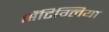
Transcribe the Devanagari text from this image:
सैंटिग्लिया